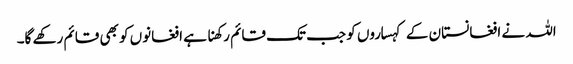
اللہ نے افغانستان کے کہساروں کو جب تک قائم رکھنا ہے افغانوں کو بھی قائم رکھے گا۔